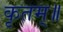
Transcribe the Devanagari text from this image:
कृतम्॥